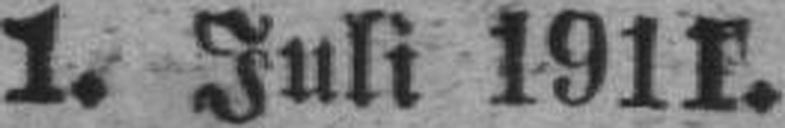
1. Juli 1911.